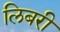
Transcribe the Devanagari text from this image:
लिबरी